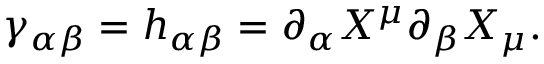
\gamma _ { \alpha \beta } = h _ { \alpha \beta } = \partial _ { \alpha } X ^ { \mu } \partial _ { \beta } X _ { \mu } .